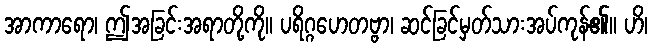
အာကာရော၊ ဤအခြင်းအရာတို့ကို။ ပရိဂ္ဂဟေတဗ္ဗာ၊ ဆင်ခြင်မှတ်သားအပ်ကုန်၏။ ဟိ၊